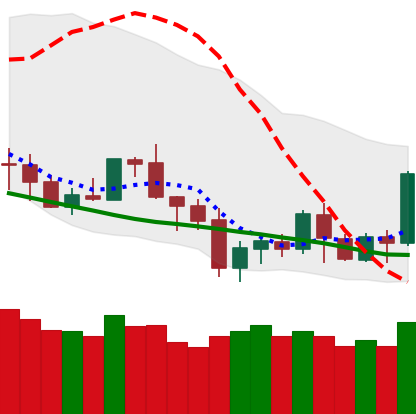
Ticker: BNB-USD
Chart end date: 2020-07-06
Forward return: 8.133%
Label: up_7plus